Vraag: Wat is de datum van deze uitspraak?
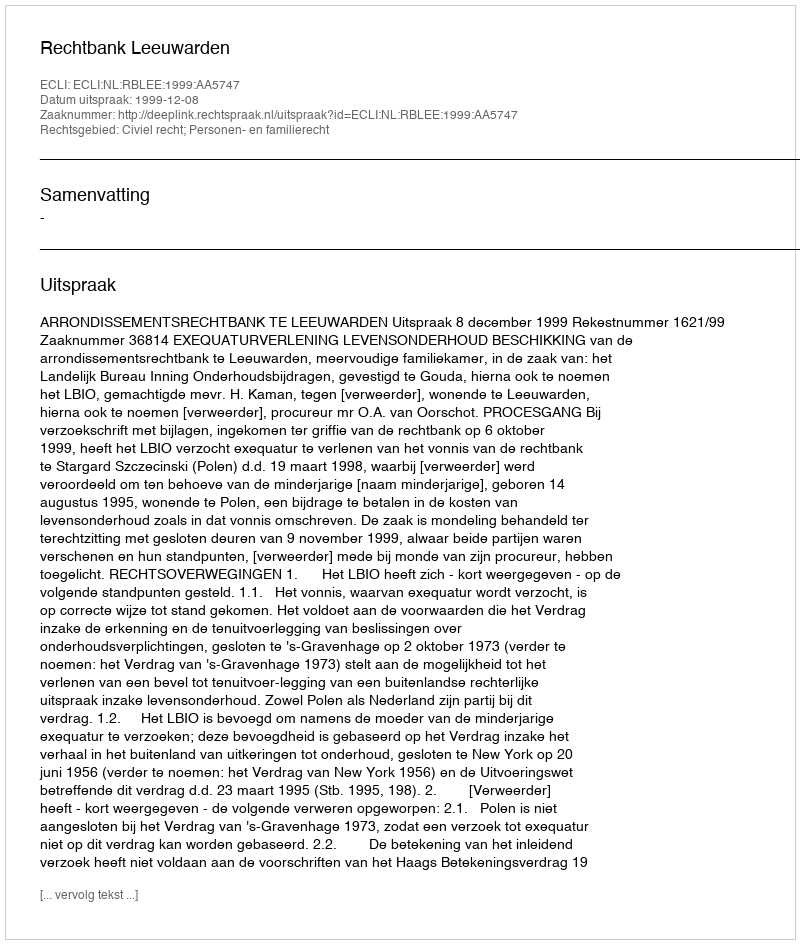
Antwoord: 1999-12-08